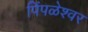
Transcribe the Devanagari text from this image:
पिंपळेश्‍वर